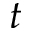
t